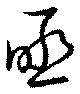
亟